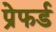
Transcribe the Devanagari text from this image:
प्रेफर्ड